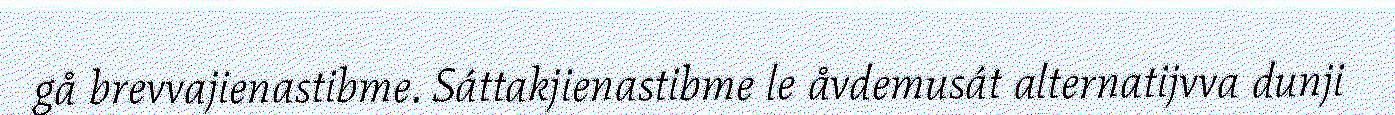
gå brevvajienastibme. Sáttakjienastibme le åvdemusát alternatijvva dunji